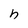
Character: h